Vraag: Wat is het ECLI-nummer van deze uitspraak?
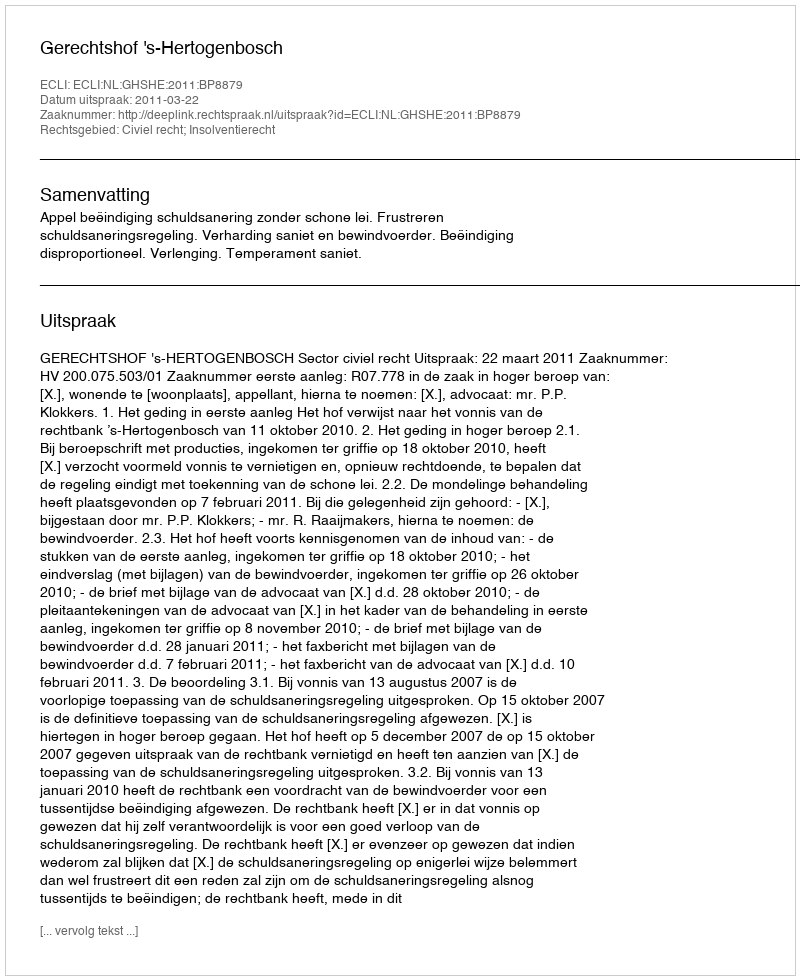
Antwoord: ECLI:NL:GHSHE:2011:BP8879